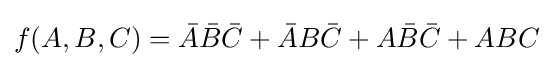
f(A,B,C)={\bar {A}}{\bar {B}}{\bar {C}}+{\bar {A}}B{\bar {C}}+A{\bar {B}}{\bar {C}}+ABC